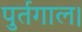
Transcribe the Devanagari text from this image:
पुर्तगाल।